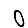
Digit: 0